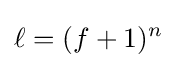
\ell =(f+1)^{n}